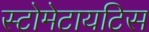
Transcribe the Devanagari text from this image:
स्टोमेटायटिस